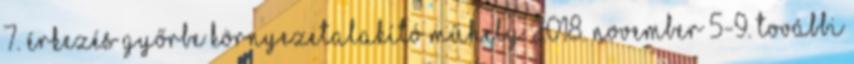
7. ÉRKEZÉS GYŐRBE környezetalakító műhely 2018. november 5-9. További